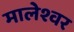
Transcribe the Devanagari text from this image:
मालेश्वर